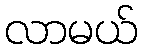
လာမယ်